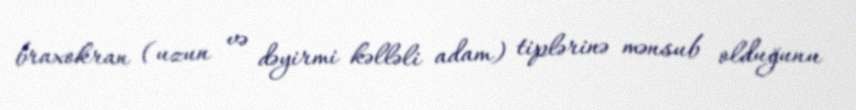
braxokran (uzun və dəyirmi kəlləli adam) tiplərinə mənsub olduğunu